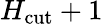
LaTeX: H_{\mathrm{cut}}+1